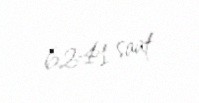
6241 saat